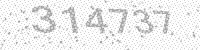
Solution: 314737